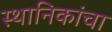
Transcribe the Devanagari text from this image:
स्थानिकांचा